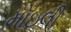
મોઇલી